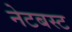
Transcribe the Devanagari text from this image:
नेटबस्ट